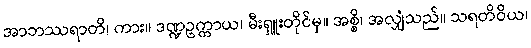
အာဘဿရာတိ၊ ကား။ ဒဏ္ဍဥက္ကာယ၊ မီးရှူးတိုင်မှ။ အစ္စိ၊ အလျှံသည်။ သရတိဝိယ၊